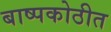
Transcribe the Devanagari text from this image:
बाष्पकोठीत